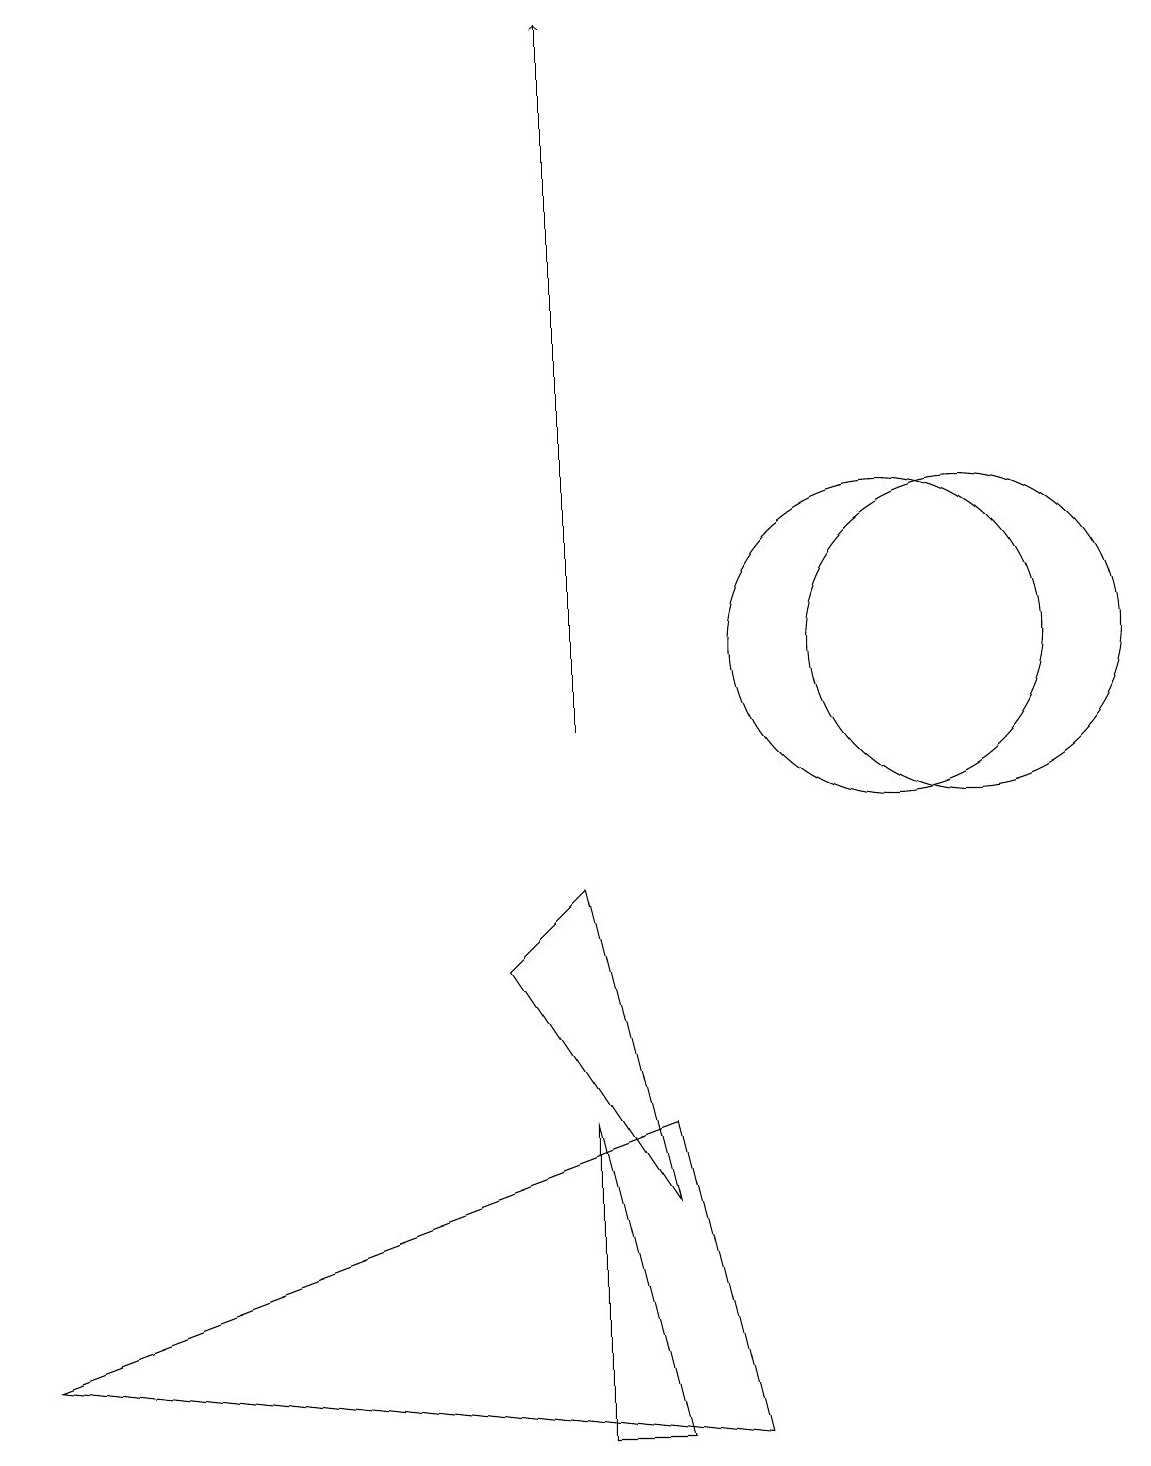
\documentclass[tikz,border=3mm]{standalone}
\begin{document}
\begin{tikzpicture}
\draw (8,4) -- (6,7) -- (7,8) -- cycle;
\draw (8,5) -- (0,2) -- (9,1) -- cycle;
\draw (12,11) circle (2);
\draw (8,1) -- (7,5) -- (7,1) -- cycle;
\draw (11,11) circle (2);
\draw[->] (7,10) -- (7,19);
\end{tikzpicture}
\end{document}